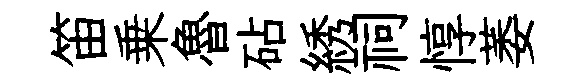
笛乗魯砧綉祠惇萎